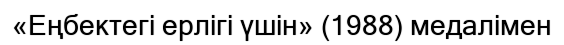
«Еңбектегі ерлігі үшін» (1988) медалімен